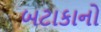
બટાકાનો